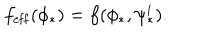
LaTeX: f _ { \mathrm { e f f } } ( \phi _ { * } ) = f ( \phi _ { * } , \psi _ { * } ^ { i } ) .